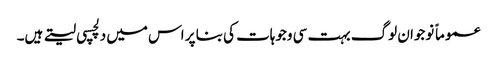
عموماً نوجوان لوگ بہت سی وجوہات کی بنا پر اس میں دلچسپی لیتے ہیں۔